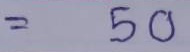
= 50